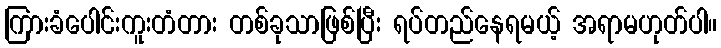
ကြားခံပေါင်းကူးတံတား တစ်ခုသာဖြစ်ပြီး ရပ်တည်နေရမယ့် အရာမဟုတ်ပါ။